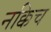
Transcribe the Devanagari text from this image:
नक्किच